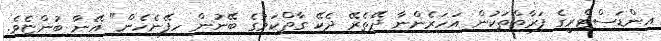
އިންޑަސްޓްރީގެ ފަރާތްތަކުން އަހަރެންނާ ދޭތެރޭ ދެކޭ ގާތްކަމުގެ ބޭނުން ހިފޭނެހެން" އޭނާ ބުންޏެވެ.